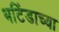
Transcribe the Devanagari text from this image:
भटिंडाच्या